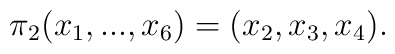
\pi_{2}(x_{1},...,x_{6})=(x_{2},x_{3},x_{4}).